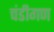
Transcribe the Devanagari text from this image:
चंडीगण